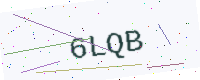
Text: 6LQB